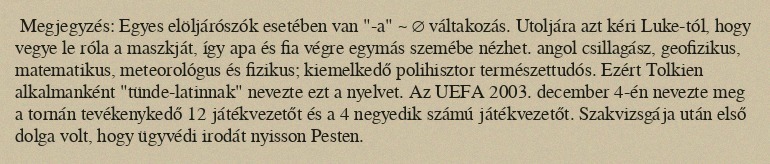
Megjegyzés: Egyes elöljárószók esetében van "-a" ~ ∅ váltakozás. Utoljára azt kéri Luke-tól, hogy vegye le róla a maszkját, így apa és fia végre egymás szemébe nézhet. angol csillagász, geofizikus, matematikus, meteorológus és fizikus; kiemelkedő polihisztor természettudós. Ezért Tolkien alkalmanként "tünde-latinnak" nevezte ezt a nyelvet. Az UEFA 2003. december 4-én nevezte meg a tornán tevékenykedő 12 játékvezetőt és a 4 negyedik számú játékvezetőt. Szakvizsgája után első dolga volt, hogy ügyvédi irodát nyisson Pesten.